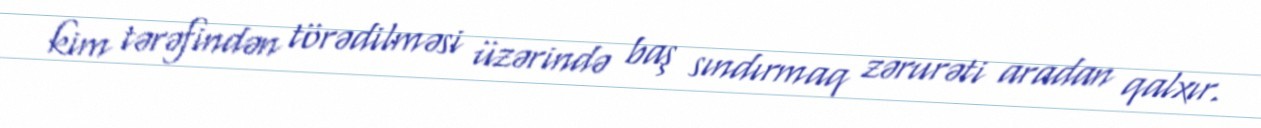
kim tərəfindən törədilməsi üzərində baş sındırmaq zərurəti aradan qalxır.